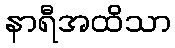
နာရီအထိသာ